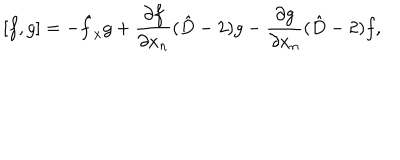
LaTeX: { } [ f , g ] = - \hat { f } _ { x } g + \frac { \partial f } { \partial x _ { n } } ( \hat { D } - 2 ) g - \frac { \partial g } { \partial x _ { n } } ( \hat { D } - 2 ) f ,